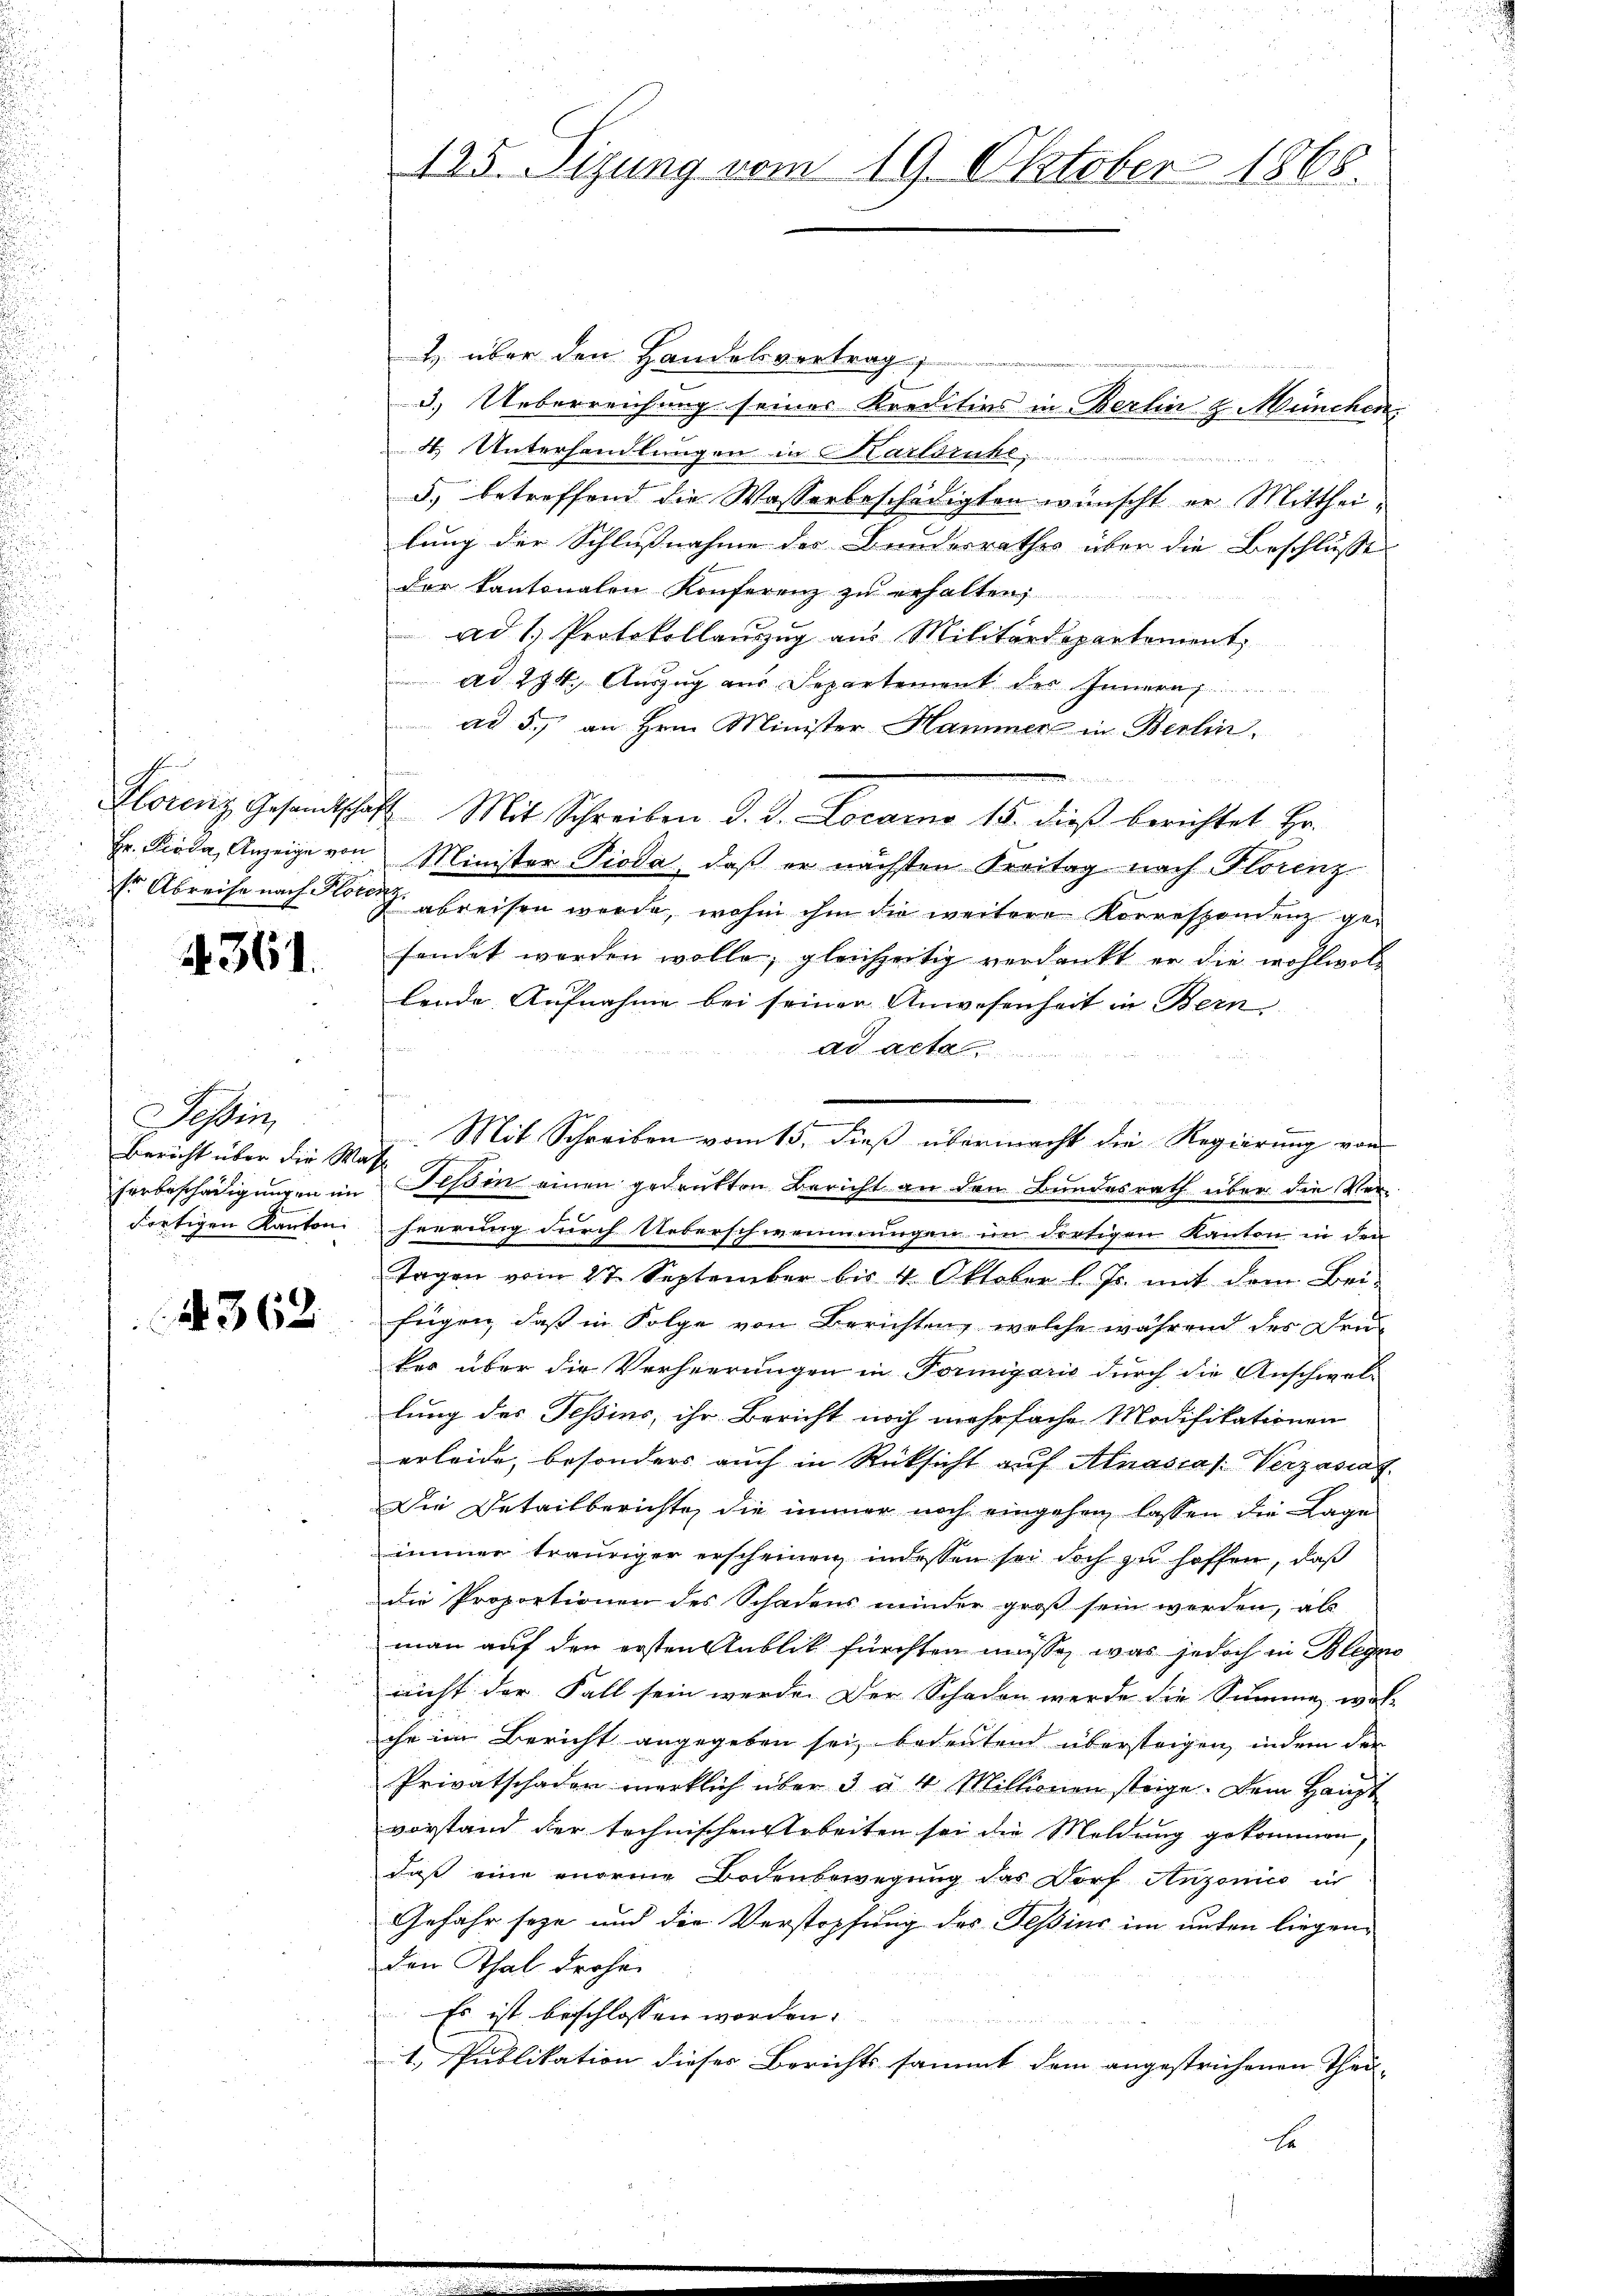
4361.

Tessin
Bericht über die Wass

A 362.

1 über den Handelsvertrag
3.) Ueberreichung seines Kreditios in Berlin & München
4. Unterhandlungen in Karlsruhe,
3) betreffend die Wasserbeschädigten wünscht er Mittheilung der Schlußnahme der Bundesrathes über die Beschlusse
der kantonalen Konferenz zu erhalten,
ad 1. Protokollauszug aus Militärdepartement,
ad 294. Auszug aus Departement des In
ad 5. an Hrn. Minister Hammer in Berlin.
Florenz Gesandtschaft Mit Schreiben d. J. Locarno 15. dieß berichtet Hr.
Hr. Pioda, Anzeige von Minister Pioda, daß er nächsten Freitag nach Florenz
Er Abreise nach den abreisen werde, wohin ihm die weitere Korrespondenz gefendet worden wolle, gleichzeitig verdankt er die wohlwol-
lende Aufnahme bei seiner Anwesenheit in Bern
ad acta
Mit Schreiben vom 15. dieß übermacht die Regierung von
Eerbeschädigungen im Tessin einen gedrukten Bericht an den Bundesrath über die Ver¬
Fortigen Kanton herrung durch Ueberschwemmungen im dortigen Kanton in den
Tagen vom 27. September bis 4. Oktober l. Js. mit dem Bei-
fügen, daß in Folge von Berichtung welche während des Deukes über die Verheerungen in Formigaris durch die Anschwellung des Tessins, ihr Bericht noch mehrfache Modifikationen
erleide, besonders auch in Rücksicht auf Alnascas: Verzasiat
Die Detailberichte, die immer noch eingehen lassen die Lage
immer trauriger erscheinen, indessen sei doch zu hoffen, daß
die Proportionen des Schadens minder groß sein werden, als
man auf den ersten Anblick fürchten müsse, was jedoch in Blegno
nicht der Fall sein werde. Der Schaden werde die Summe war-
che im Bericht angegeben sei, bedeutend übersteigen, indem der
Privatschaden merklich über 3 u. 4 Millionen steige. Dem Haupt
vorstand der technischen Arbeiten sei die Meldung gekommen,
daß eine enorie Bodenbewegung das Dorf Anzonico un
Gefahr seze und die Verstopfung des Tessins im unten liegenden Thal drohen
Es ist beschlossen worden.
1. Publikation dieses Berichts sammt dem angestrichenen Theil-

125. Sizung vom 19. Oktober 1868.